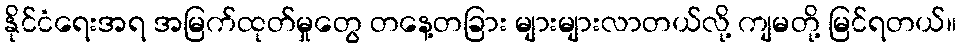
နိုင်ငံရေးအရ အမြက်ထုတ်မှုတွေ တနေ့တခြား များများလာတယ်လို့ ကျမတို့ မြင်ရတယ်။